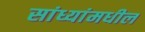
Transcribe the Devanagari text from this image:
सांध्यांमधील